Vaccination North-Western Provinces and Oudh 1878-1895 - 1878-1895
Year: 1878
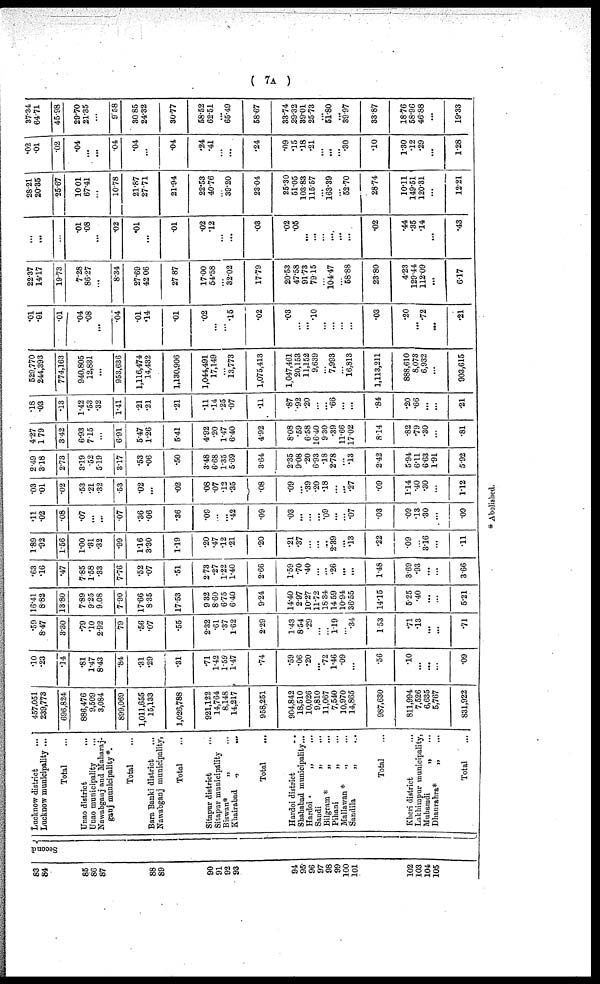
( 7A )
83
84
85
86
87
88
89
90
91
92
93
94
95
96
97
98
99
100
101
102
103
104
105
Second
Lucknow district ...
Lucknow municipality ...
Total ...
Unao district
...
Unao municipality ...
Nawabganj and Maharaj-
ganj municipality *.
Total ...
Bara Banki district ...
Nawabganj municipality,
Total ...
Sitapur district
...
Sitapur municipality
Biswan* „ ...
Khairabad
„
...
Total ...
Hardoi district ...
Shahabad municipality...
Hardoi
„
...
Sandi
„
...
Bilgram * „ ...
Pihani
„ ...
Mallawan * „ ...
Sandila „ ...
Total ...
Kheri district ...
Lakhimpur municipality,
Muhamdi
„ ...
Dhaurahra*
„ ...
Total ...
457,051
239,773
696,824
886,476
9,509
3,084
899,069
1,011,655
15,133
1,026,788
921,122
14,764
8,148
14,217
958,251
904,842
18,510
10,026
9,810
11,067
7,540
10,970
14,865
987,630
811,994
7,526
6,635
5,767
831,922
.10
.23
.14
.81
1.47
8.43
.84
.31
.29
.31
.71
1.42
1.59
1.47
.74
.59
.06
.20
...
.72
1.46
.09
...
.56
.10
...
...
...
.09
.59
8.47
3.30
.79
.10
2.92
79
.56
.07
.55
2.32
.61
.37
1.62
2.29
1.43
854
.29
...
...
1.19
...
.34
1.53
.71
.13
...
...
.71
16.41
882
13 80
7.89
9.25
9.08
7.90
17.66
8.35
17.53
9.32
8.60
6.75
6.40
9.24
14.40
2.97
10.27
11.72
18.34
14.59
10.94
36.55
14.15
5.25
.40
...
...
5.21
.63
.16
.47
7.85
1.58
.33
7.76
.52
.07
.51
273
.27
1.22
1.40
2.66
1.59
.70
.40
...
...
.26
...
...
1.48
3.69
.93
...
...
3.66
1.89
.92
1.56
1.00
.31
.32
.99
1.16
3.30
1.19
.20
.47
.12
.21
.20
.21
.37
...
...
...
2.39
...
.13
.22
.09
...
3.16
...
.11
.11
.02
.08
.07
...
...
.07
.36
.06
.36
.09
...
...
.42
.09
.03
...
...
...
.09
...
...
.07
.03
.09
.13
.30
...
.09
.03
.01
.02
.53
.21
.32
.53
.02
...
.02
.08
.07
.12
.35
.08
.09
...
.39
.20
.18
...
...
.27
.09
1.14
.40
.30
...
1.12
2.49
318
2.73
3.19
.52
519
3.17
.53
.06
.50
3.48
6.68
1.35
5.69
3.64
2.35
9.08
.20
6.93
.18
2.78
...
.13
2.42
5.94
6.11
6.63
1.91
5.92
4.27
1.79
3.42
6.93
7.15
...
6.91
5.47
1.26
5.41
4.92
.20
1.47
6.40
4.92
8.08
.59
6.58
16.40
9.30
.39
11.66
17.02
8.14
.82
.79
.30
...
.81
.18
.03
.13
1.42
.53
.32
1.41
.21
.21
.21
.11
.14
.25
.07
.11
.87
.92
.20
...
...
.66
...
...
.84
.20
.66
...
...
.21
529,770
244,393
774,163
940,805
12,831
...
953,636
1,116,474
14,432
1,130,906
1,044,491
17,149
...
13,773
1,075,413
1,047,461
20,153
11,152
9,639
...
7,993
...
16,813
1,113,211
888,610
8,073
6,932
...
903,615
.01
.01
.01
.04
.08
...
.04
.01
.14
.01
.02
...
...
.15
.02
.03
...
...
.10
...
...
...
...
.03
.20
...
.72
...
.21
22.37
14.17
19.73
7.28
86.27
...
8.34
27.69
42.06
27.87
17.00
54.58
...
32.02
1779
20.53
47.58
91.73
79.15
...
104.47
...
58.88
23.80
4.23
129.44
112.09
...
6.17
...
...
...
.01
.08
...
.02
.01
...
.01
.02
.12
...
...
.03
.02
.05
...
...
...
....
...
...
.02
.44
.35
.14
...
.43
28.21
20.35
25.67
10.01
67.41
...
1078
21.87
27.71
21.94
22.53
40.76
...
39.20
23.04
25.30
51.05
103.83
115.57
...
163.39
...
52.70
28.74
10.11
149.51
120.31
...
12.21
.02
.01
.02
.04
...
...
.04
.04
...
.04
.24
.41
...
...
.24
.09
.15
.18
.21
...
...
...
.30
.10
1.30
.12
.29
...
1.28
37.34
64.71
45.98
29.70
21.35
...
9.58
30.85
24.32
30.77
58.52
62.51
...
65.49
58.67
33.74
29.32
39.01
25.73
...
51.80
...
39.97
33.87
18.76
58.96
46.88
...
19.33
* Abolished.